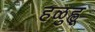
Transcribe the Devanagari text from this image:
हळुह्ळू